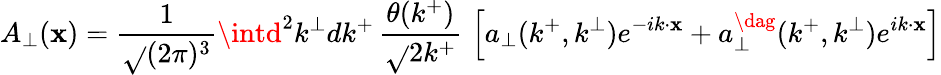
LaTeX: A_{\perp}(\mathbf{x})={\frac{{1}}{{\sqrt{}{{(2\pi)^{3}}}}}}\intd^{2}k^{\perp}dk^{+}\, {\frac{{\theta(k^{+})}}{{\sqrt{}{{2k^{+}}}}}}\, \left[a_{\perp}(k^{+},k^{\perp})e^{-i{k}\cdot{\mathbf{x}}}+a_{\perp}^{\dag}(k^{+},k^{\perp})e^{i{k}\cdot{\mathbf{x}}}\right]